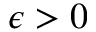
\epsilon > 0